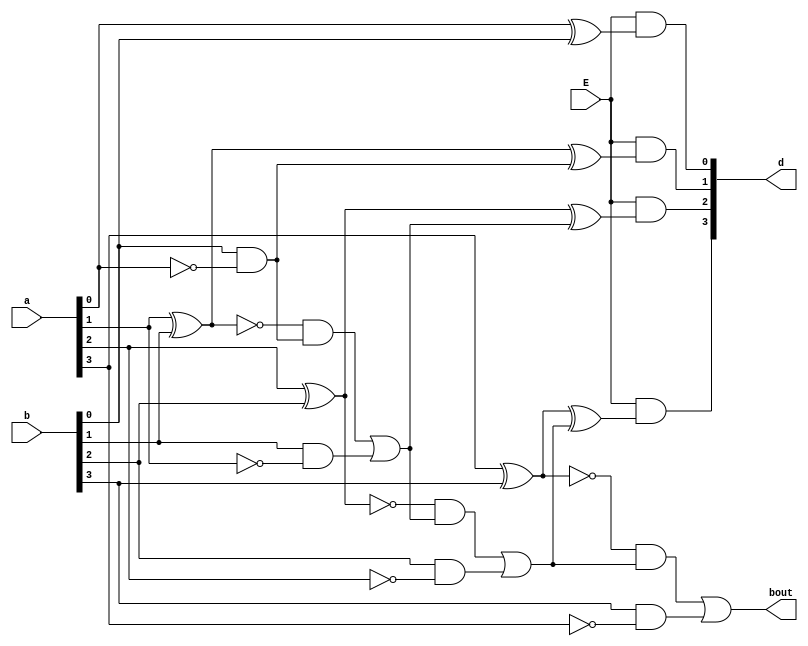
`timescale 1ns / 1ps
//////////////////////////////////////////////////////////////////////////////////
// Company: 
// Engineer: 
// 
// Design Name: 
// Module Name:    subtractor 
// Project Name: 
// Target Devices: 
// Tool versions: 
// Description: 
//
// Dependencies: 
//
// Revision: 
// Revision 0.01 - File Created
// Additional Comments: 
//
//////////////////////////////////////////////////////////////////////////////////

module subtractor(a,b,E,d,bout);
input		[3:0]a;
input		[3:0]b;
input 	E;

output	[3:0]d;
output	bout;


wire d0, d1, d2, d3;
wire		b1,b2,b3;
wire		[20:1]w;


	xor (w[1], a[0],b[0]);
	xor (d0, w[1], 0);
	not (w[2], a[0]);
	and (w[3], b[0], w[2]);
	not (w[4], w[1]);
	and (w[5], w[4],0);
	or  (b1, w[5], w[3]);
	
	xor (w[6], a[1],b[1]);
	xor (d1, w[6], b1);
	not (w[7], a[1]);
	and (w[8], b[1], w[7]);
	not (w[9], w[6]);
	and (w[10], w[9],b1);
	or  (b2, w[10], w[8]);
	
	xor (w[11], a[2],b[2]);
	xor (d2, w[11], b2);
	not (w[12], a[2]);
	and (w[13], b[2], w[12]);
	not (w[14], w[11]);
	and (w[15], w[14],b2);
	or  (b3, w[15], w[13]);
	
	xor (w[16], a[3],b[3]);
	xor (d3, w[16], b3);
	not (w[17], a[3]);
	and (w[18], b[3], w[17]);
	not (w[19], w[16]);
	and (w[20], w[19],b3);
	or  (bout, w[20], w[18]);	

	and (d[0], E, d0);
	and (d[1], E, d1);
	and (d[2], E, d2);
	and (d[3], E, d3);


endmodule